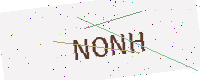
Text: NONH